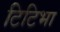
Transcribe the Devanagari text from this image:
टिटिभा